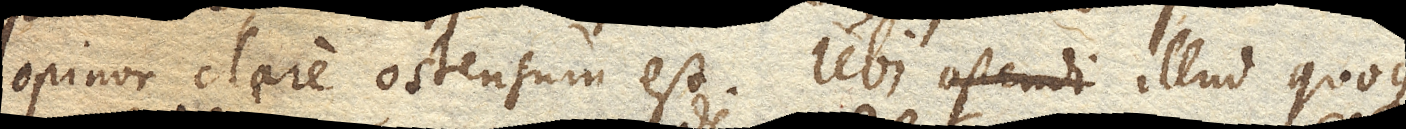
opinor clare ostensum est. Ubi ostendi illud quoque